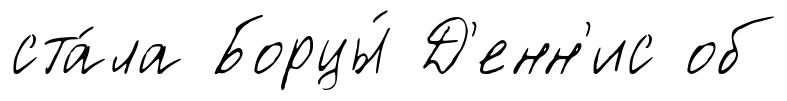
ста́ла Борцы́ Д'енн'ис об